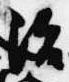
治